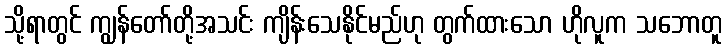
သို့ရာတွင် ကျွန်တော်တို့အသင်း ကျိန်းသေနိုင်မည်ဟု တွက်ထားသော ဟိုလူက သဘောတူ